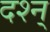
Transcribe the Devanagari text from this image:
दश्न्